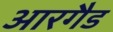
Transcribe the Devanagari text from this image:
आरगैड